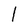
Character: l